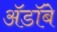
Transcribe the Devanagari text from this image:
ॲडॉबे